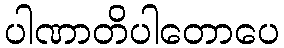
ပါဏာတိပါတောပေ